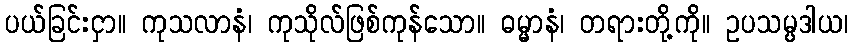
ပယ်ခြင်းငှာ။ ကုသလာနံ၊ ကုသိုလ်ဖြစ်ကုန်သော။ ဓမ္မာနံ၊ တရားတို့ကို။ ဥပသမ္ပဒါယ၊